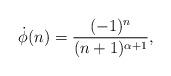
LaTeX: \begin{align*}\dot{\phi}(n)=\frac{(-1)^n}{(n+1)^{\alpha+1}},\end{align*}